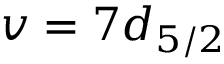
v = 7 d _ { 5 / 2 }